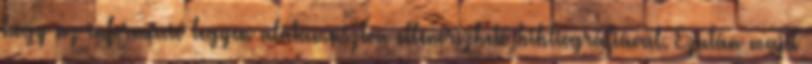
hogy az információ legyen alátámasztva ellenőrizhető bibliográfiával. Ezután majd